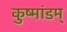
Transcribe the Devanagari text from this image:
कुष्मांडम्